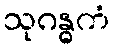
သုဂန္ဓကံ